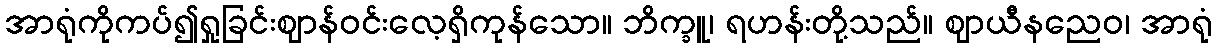
အာရုံကိုကပ်၍ရှုခြင်းဈာန်ဝင်းလေ့ရှိကုန်သော။ ဘိက္ခူ၊ ရဟန်းတို့သည်။ ဈာယီနညေဝ၊ အာရုံ